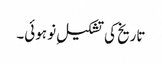
تاریخ کی تشکیلِ نو ہوئی۔